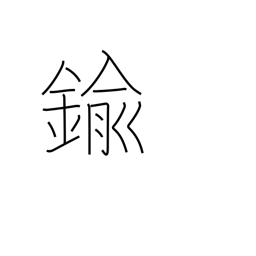
Meaning: brass